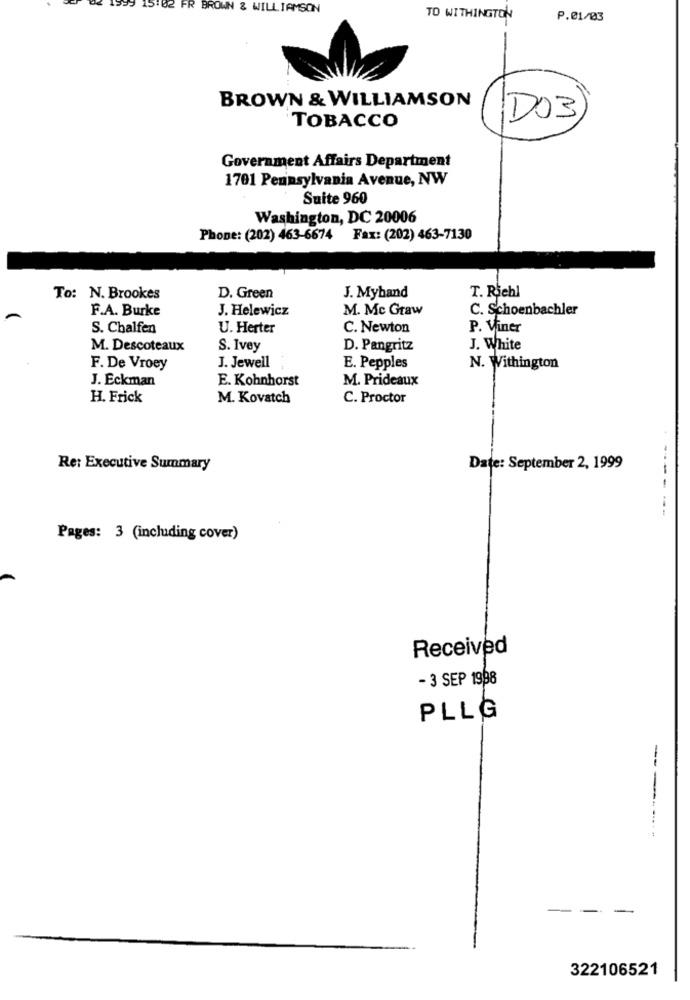
42 FR BROWN & WILLIAMSON
TO WITHINGTON
P.01/03
BROWN & WILLIAMSON
DO3
TOBACCO
Government Affairs Department
1701 Pennsylvania Avenue, NW
Suite 960
Washington, DC 20006
Phone: (202) 463-6674 Fax: (202) 463-7130
To: N. Brookes
D. Green
J. Myhand
T. Richl
F.A. Burke
J. Helewicz
M. Mc Graw
C. Schoenbachler
S. Chalfen
U. Herter
C. Newton
P. Viner
M. Descoteaux
S. Ivey
D. Pangritz
J. White
F. De Vroey
J. Jewell
E. Pepples
N. Withington
J. Eckman
E. Kohnhorst
M. Prideaux
H. Frick
M. Kovatch
C. Proctor
Re: Executive Summary
Date: September 2, 1999
--
---
Pages: 3 (including cover)
Received
- 3 SEP 1998
PLLG
-------
--
-
322106521